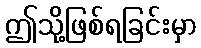
ဤသို့ဖြစ်ရခြင်းမှာ